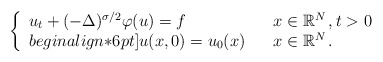
\begin{align*} \left\{\begin{array}[c]{lll}u_t+(-\Delta)^{\sigma/2}\varphi(u)=f & & x\in\mathbb{R}^{N}\,,t>0\\begin{align*}6pt]u(x,0)=u_{0}(x) & & x\in\mathbb{R}^{N}\,.\end{array}\right.\end{align*}